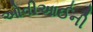
ઓવીઆઈની